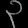
Digit: ၃